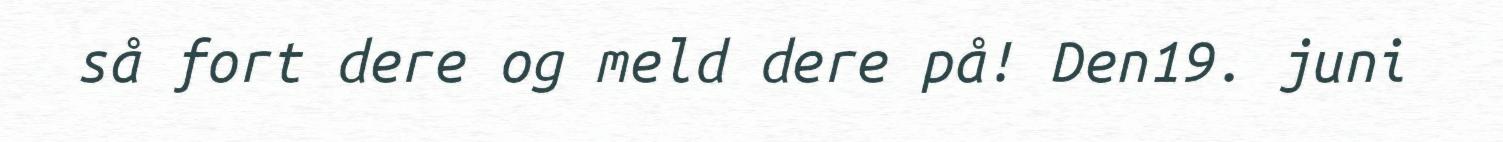
så fort dere og meld dere på! Den19. juni